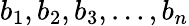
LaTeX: b_{1},b_{2},b_{3},\ldots,b_{n}